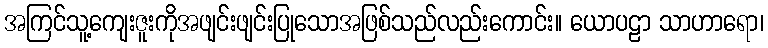
အကြင်သူ့ကျေးဇူးကိုအဖျင်းဖျင်းပြုသောအဖြစ်သည်လည်းကောင်း။ ယောပဠာ သာဟာရော၊